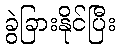
ခွဲခြားနိုင်ပြီး